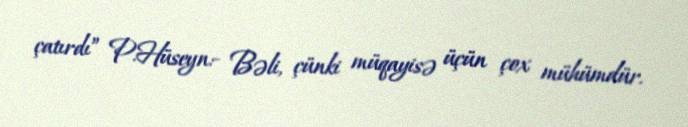
çatırdı” P.Hüseyn:- Bəli, çünki müqayisə üçün çox mühümdür.